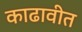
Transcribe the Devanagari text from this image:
काढावीत